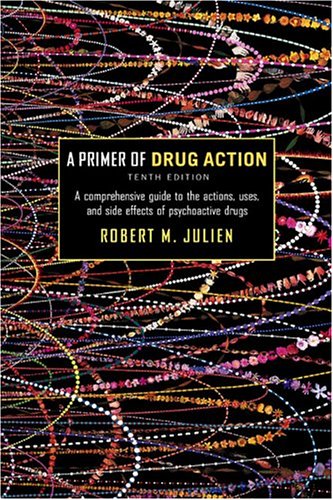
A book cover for A Primer of Drug Action (Primer of Drug Action: A Concise, Nontechnical Guide to the Actions, Uses, & Side Effects of); Robert M. Julien Ph.D.; Medical Books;